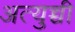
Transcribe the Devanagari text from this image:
अत्युच्ची